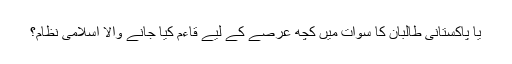
یا پاکستانی طالبان کا سوات میں کچھ عرصے کے لیے قاءم کیا جانے والا اسلامی نظام؟